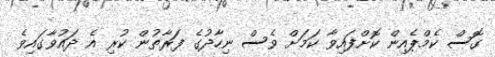
ގޮސް ކެމްޕެއިން ކޮށްފައިވާ ކަމަށް ވެސް ނިހާދުގެ ފަރާތުން ކުރި އެ ދައުވާގައިވެ